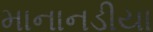
માનાનડીયા